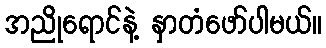
အညိုရောင်နဲ့ နှာတံဖော်ပါမယ်။